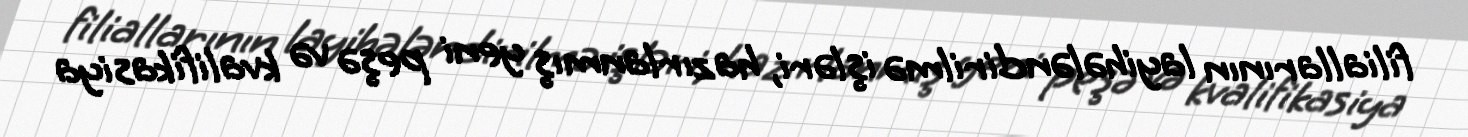
filiallarının layihələndirilmə işləri, hazırlanmış yeni peşə və kvalifikasiya